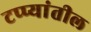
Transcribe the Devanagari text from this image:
टप्प्यांतील